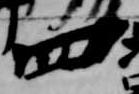
四